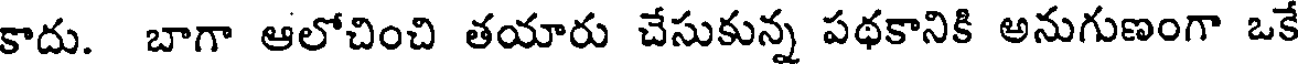
కాదు. బాగా ఆలోచించి తయారు చేసుకున్న పథకానికి అనుగుణంగా ఒకే